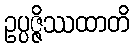
ဥပ္ပဇ္ဇိဿထာတိ